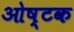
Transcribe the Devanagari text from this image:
ओष्टक